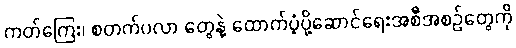
ကတ်ကြေး၊ စတက်ပလာ တွေနဲ့ ထောက်ပံ့ပို့ဆောင်ရေးအစီအစဉ်တွေကို